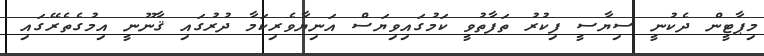
މިޕާޓީން ދެކުނީ ސިޔާސީ ފިކުރު ތަފާތުވީ ކަމުގައިވިޔަސް އަނިޔާވެރިކަމާ ދުރުގައި ޤާނޫނީ އިމުގެތެރޭގައި